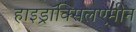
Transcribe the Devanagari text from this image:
हाइड्राॅक्सिलएमीन